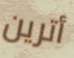
أترين